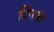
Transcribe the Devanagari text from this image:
टिपके